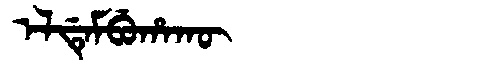
Manchu: ᡝᠯᡩᡝᠮᠪᡠᡥᠠᡴᡡ
Romanization: ELDEMBUHAKŪ